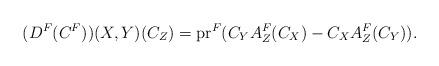
LaTeX: \begin{align*}(D^{F}(C^{F}))(X, Y)(C_{Z}) = \mathrm{pr}^{F} ( C_{Y}A^{F}_{Z}(C_{X}) - C_{X} A^{F}_{Z}(C_{Y})).\end{align*}